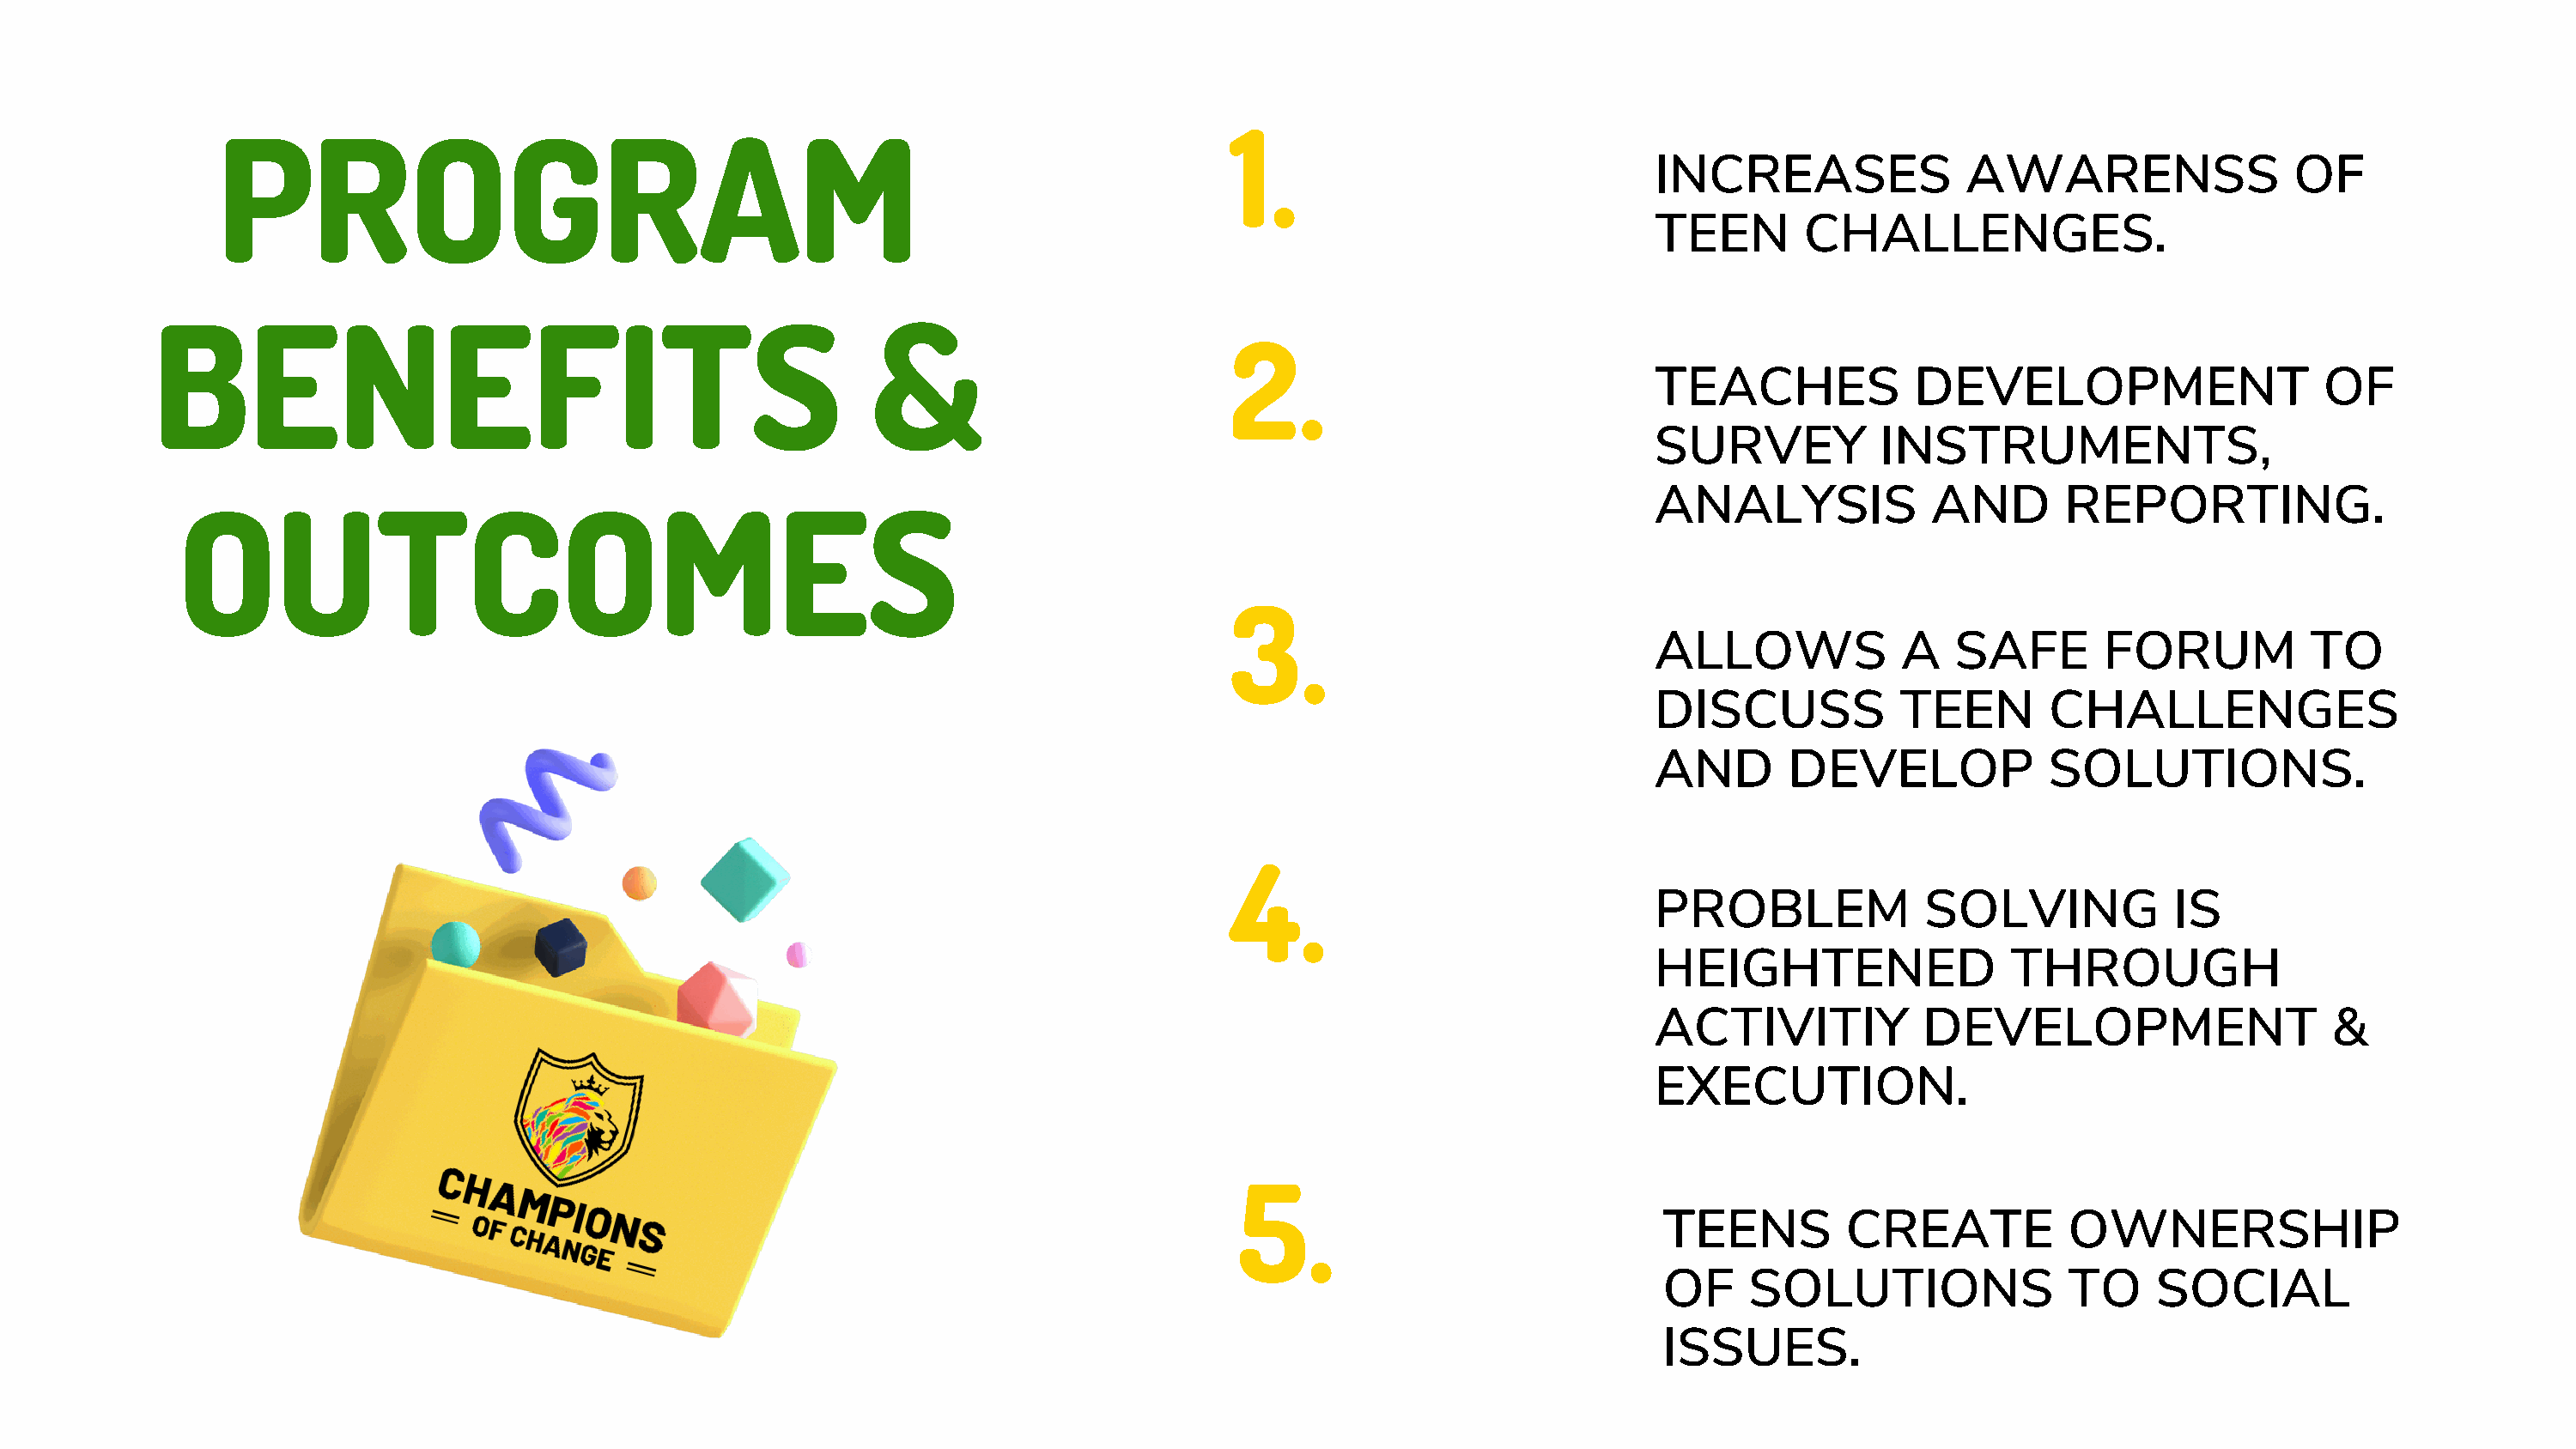
1.
 PROGRAM
 INCREASES               AWARENSS                 OF
 TEEN       CHALLENGES.
 BENEFITS                                               &
 2.
 TEACHES             DEVELOPMENT                    OF
 SURVEY           INSTRUMENTS,
 ANALYSIS             AND       REPORTING.
 OUTCOMES
 3.
 ALLOWS             A   SAFE       FORUM           TO
 DISCUSS           TEEN        CHALLENGES
 AND       DEVELOP             SOLUTIONS.
 4.
 PROBLEM             SOLVING             IS
 HEIGHTENED                 THROUGH
 ACTIVITIY           DEVELOPMENT                     &
 EXECUTION.
 5.
 TEENS         CREATE           OWNERSHIP
 OF     SOLUTIONS               TO     SOCIAL
 ISSUES.